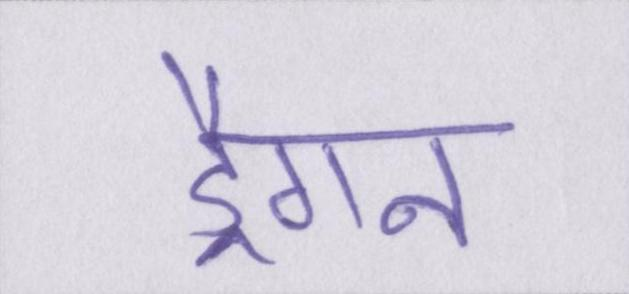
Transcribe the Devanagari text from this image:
ड्रैगन